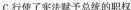
C.行使了宪法赋予总b源的斗争